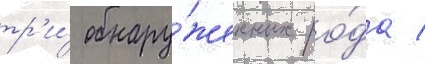
тр'и́ обнару́женных ро́да /